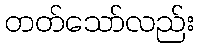
တတ်သော်လည်း